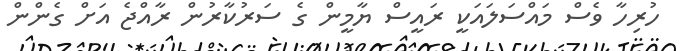
ހުރިހާ ވެސް މައްސަލައަކީ ރައީސް ޔާމީން ގެ ސަރުކާރުން ރާއްޖެ އަށް ގެންން